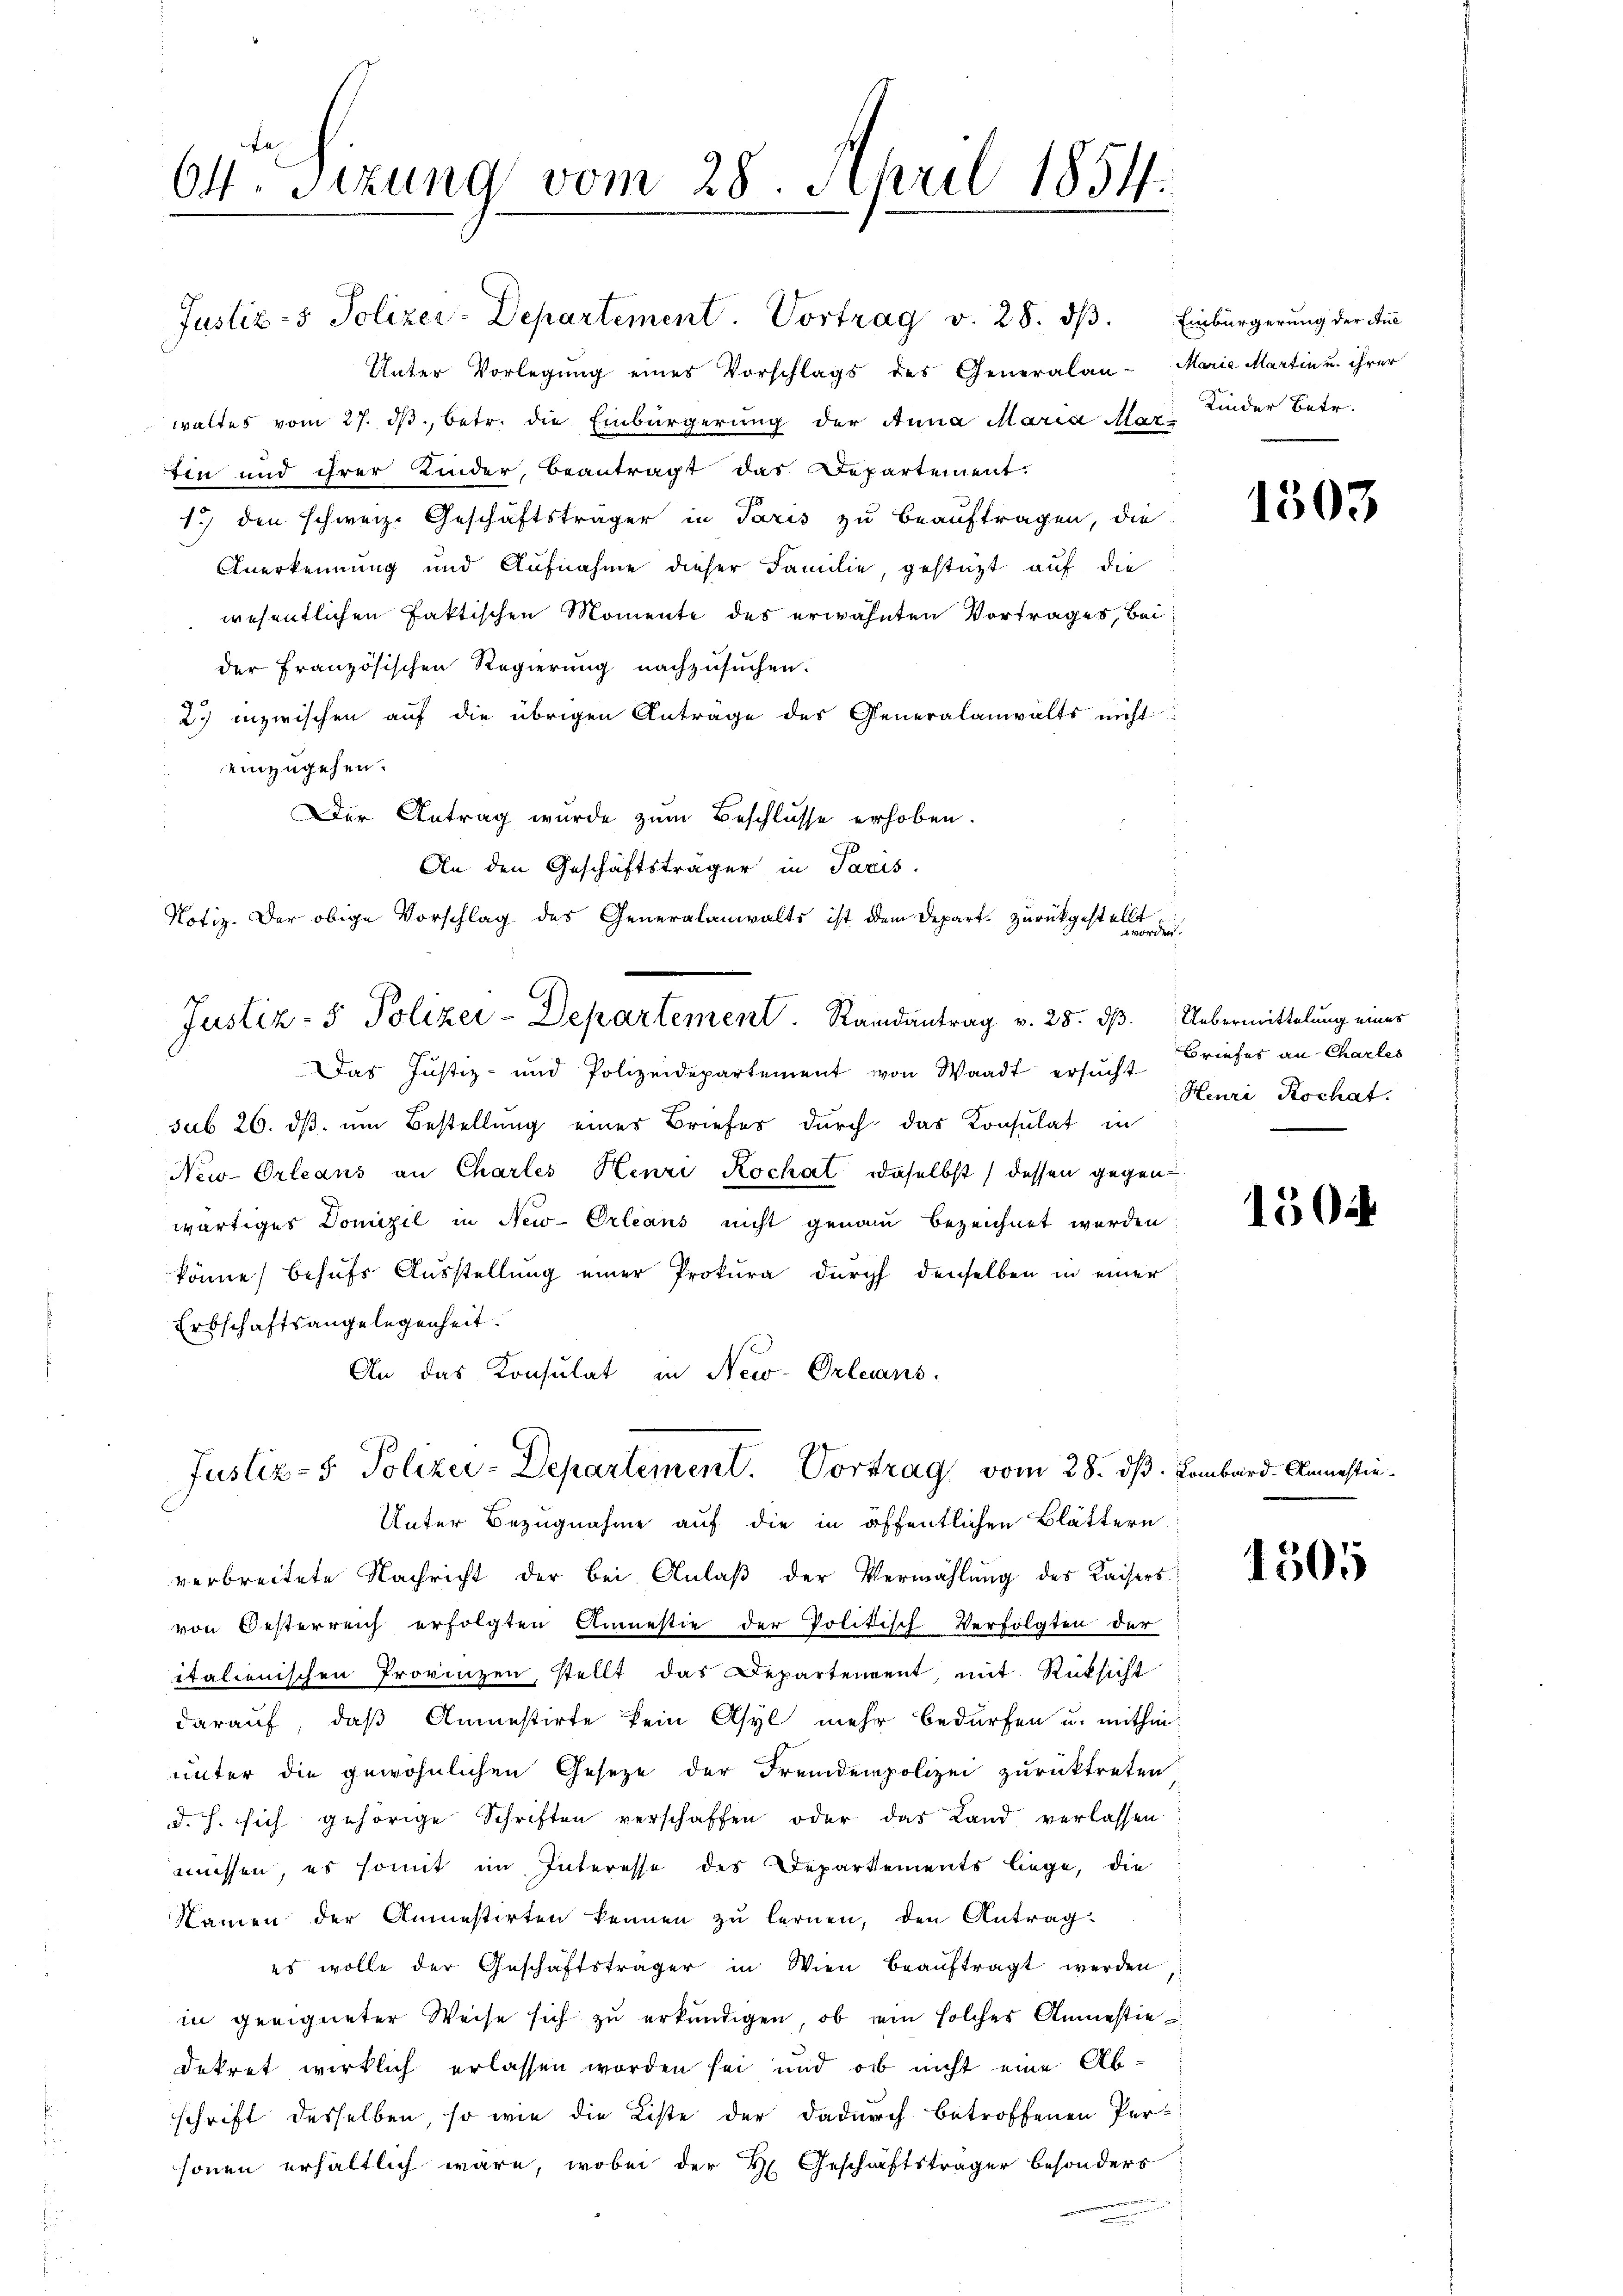
1
Ott. Sitzung vom 28. April 1854.

Justiz- & Polizei-Departement. Vortrag v. 28. dβ. Einbürgerung der Auc
Unter Vorlegung eines Vorschlags des Generalan-Marie Martin u. ihrer
waltes vom 27. dβ, betr. die Einbürgerung der Anna Maria Mar Kinder Betr.
Ein und ihrer Kinder, beantragt das Departement.
1.) den schweiz. Geschäftsträger in Paris zu beauftragen, die
Anerkennung und Aufnahme dieser Familie, gestützt auf die
wesentlichen faktischen Momente des erwähnten Vortrages, bei
der französischen Regierung nachzusuchen.
2) inzwischen auf die übrigen Anträge des Generalanwalts nicht
einzugehen.
Der Antrag wurde zum Beschlusse erhoben.
An den Geschäftsträger in Paris.
Notiz. Der obige Vorschlag des Generalanwalts ist dem Depart zurückgestellt
d worder
Justiz- & Polizei-Departement. Randantrag v. 25. dβ. Uebermittelung einer
Das Justiz- und Polizeidepartement von Waadt ersucht Briefes an Charles
sub 26. ds. um Bestellung eines Briefes durch das Konsulat in
New-Orleans an Chartes Henri Kochal daselbst dessen gegen
wärtiges Domizil in New-Orleans nicht genau bezeichnet werden
könne, behufs Ausstellung einer Prokura durch denselben in einer
Erbschaftsangelegenheit.
An das Konsulat in New-Orleans

Justiz- & Polizei-Departement. Vortrag vom 28. ds. Lombard-Aemestie¬
Unter Bezugnahme auf die in öffentlichen Blättern

verbreitete Nachricht der bei Anlaß der Vermählung des Kaisers
von Oesterreich erfolgten Anmestie der Politisch Verfolgten der
italienischen Provinzen, stellt das Departengent, mit Rücksicht
darauf, daß Anmestirte kein Asyl mehr bedürfen u. mithin
unter die gewöhnlichen Gesetze der Fremdenpolizei zurücktreten
d. h. sich gehörige Schriften verschaffen oder das Land verlassen
müssen, es somit im Interesse des Departements liege, die
Namen der Anmestirten kennen zu lernen, den Antrag
es wolle der Geschäftsträger in Wien beauftragt werden
in geeigneter Weise sich zu erkundigen, ob ein solches Anmestie
dekret wirklich erlassen worden sei und ob nicht eine Abschrift desselben, so wie die Liste der dadurch betroffenen Per-
sonen erhältlich wäre, wobei der H. Geschäftsträger besonders

1303

Heuri Rochat.

150

1505